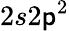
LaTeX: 2s2\mathsf{p}^{2}